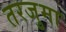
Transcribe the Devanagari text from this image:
तरजुमा